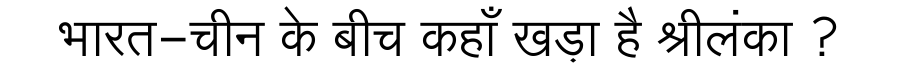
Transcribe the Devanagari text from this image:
भारत-चीन के बीच कहाँ खड़ा है श्रीलंका ?